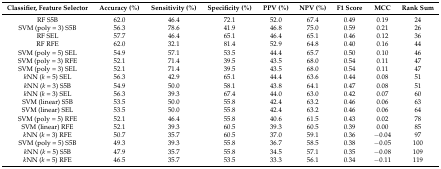
<table><thead><tr><td><b>Classifier, Feature Selector</b></td><td><b>Accuracy (%)</b></td><td><b>Sensitivity (%)</b></td><td><b>Specificity (%)</b></td><td><b>PPV (%)</b></td><td><b>NPV (%)</b></td><td><b>F1 Score</b></td><td><b>MCC</b></td><td><b>Rank Sum</b></td></tr></thead><tbody><tr><td>RF S5B</td><td>62.0</td><td>46.4</td><td>72.1</td><td>52.0</td><td>67.4</td><td>0.49</td><td>0.19</td><td>24</td></tr><tr><td>SVM (poly = 3) S5B</td><td>56.3</td><td>78.6</td><td>41.9</td><td>46.8</td><td>75.0</td><td>0.59</td><td>0.21</td><td>26</td></tr><tr><td>RF SEL</td><td>57.7</td><td>46.4</td><td>65.1</td><td>46.4</td><td>65.1</td><td>0.46</td><td>0.12</td><td>36</td></tr><tr><td>RF RFE</td><td>62.0</td><td>32.1</td><td>81.4</td><td>52.9</td><td>64.8</td><td>0.40</td><td>0.16</td><td>44</td></tr><tr><td>SVM (poly = 5) SEL</td><td>54.9</td><td>57.1</td><td>53.5</td><td>44.4</td><td>65.7</td><td>0.50</td><td>0.10</td><td>46</td></tr><tr><td>SVM (poly = 3) RFE</td><td>52.1</td><td>71.4</td><td>39.5</td><td>43.5</td><td>68.0</td><td>0.54</td><td>0.11</td><td>47</td></tr><tr><td>SVM (poly = 3) SEL</td><td>52.1</td><td>71.4</td><td>39.5</td><td>43.5</td><td>68.0</td><td>0.54</td><td>0.11</td><td>47</td></tr><tr><td><i>k</i>NN (<i>k</i> = 5) SEL</td><td>56.3</td><td>42.9</td><td>65.1</td><td>44.4</td><td>63.6</td><td>0.44</td><td>0.08</td><td>51</td></tr><tr><td><i>k</i>NN (<i>k</i> = 3) S5B</td><td>54.9</td><td>50.0</td><td>58.1</td><td>43.8</td><td>64.1</td><td>0.47</td><td>0.08</td><td>51</td></tr><tr><td><i>k</i>NN (<i>k</i> = 3) SEL</td><td>56.3</td><td>39.3</td><td>67.4</td><td>44.0</td><td>63.0</td><td>0.42</td><td>0.07</td><td>60</td></tr><tr><td>SVM (linear) S5B</td><td>53.5</td><td>50.0</td><td>55.8</td><td>42.4</td><td>63.2</td><td>0.46</td><td>0.06</td><td>63</td></tr><tr><td>SVM (linear) SEL</td><td>53.5</td><td>50.0</td><td>55.8</td><td>42.4</td><td>63.2</td><td>0.46</td><td>0.06</td><td>64</td></tr><tr><td>SVM (poly = 5) RFE</td><td>52.1</td><td>46.4</td><td>55.8</td><td>40.6</td><td>61.5</td><td>0.43</td><td>0.02</td><td>78</td></tr><tr><td>SVM (linear) RFE</td><td>52.1</td><td>39.3</td><td>60.5</td><td>39.3</td><td>60.5</td><td>0.39</td><td>0.00</td><td>85</td></tr><tr><td><i>k</i>NN (<i>k</i> = 3) RFE</td><td>50.7</td><td>35.7</td><td>60.5</td><td>37.0</td><td>59.1</td><td>0.36</td><td>−0.04</td><td>97</td></tr><tr><td>SVM (poly = 5) S5B</td><td>49.3</td><td>39.3</td><td>55.8</td><td>36.7</td><td>58.5</td><td>0.38</td><td>−0.05</td><td>100</td></tr><tr><td><i>k</i>NN (<i>k</i> = 5) S5B</td><td>47.9</td><td>35.7</td><td>55.8</td><td>34.5</td><td>57.1</td><td>0.35</td><td>−0.08</td><td>109</td></tr><tr><td><i>k</i>NN (<i>k</i> = 5) RFE</td><td>46.5</td><td>35.7</td><td>53.5</td><td>33.3</td><td>56.1</td><td>0.34</td><td>−0.11</td><td>119</td></tr></tbody></table>